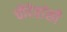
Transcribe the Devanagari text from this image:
चौदेहांसी